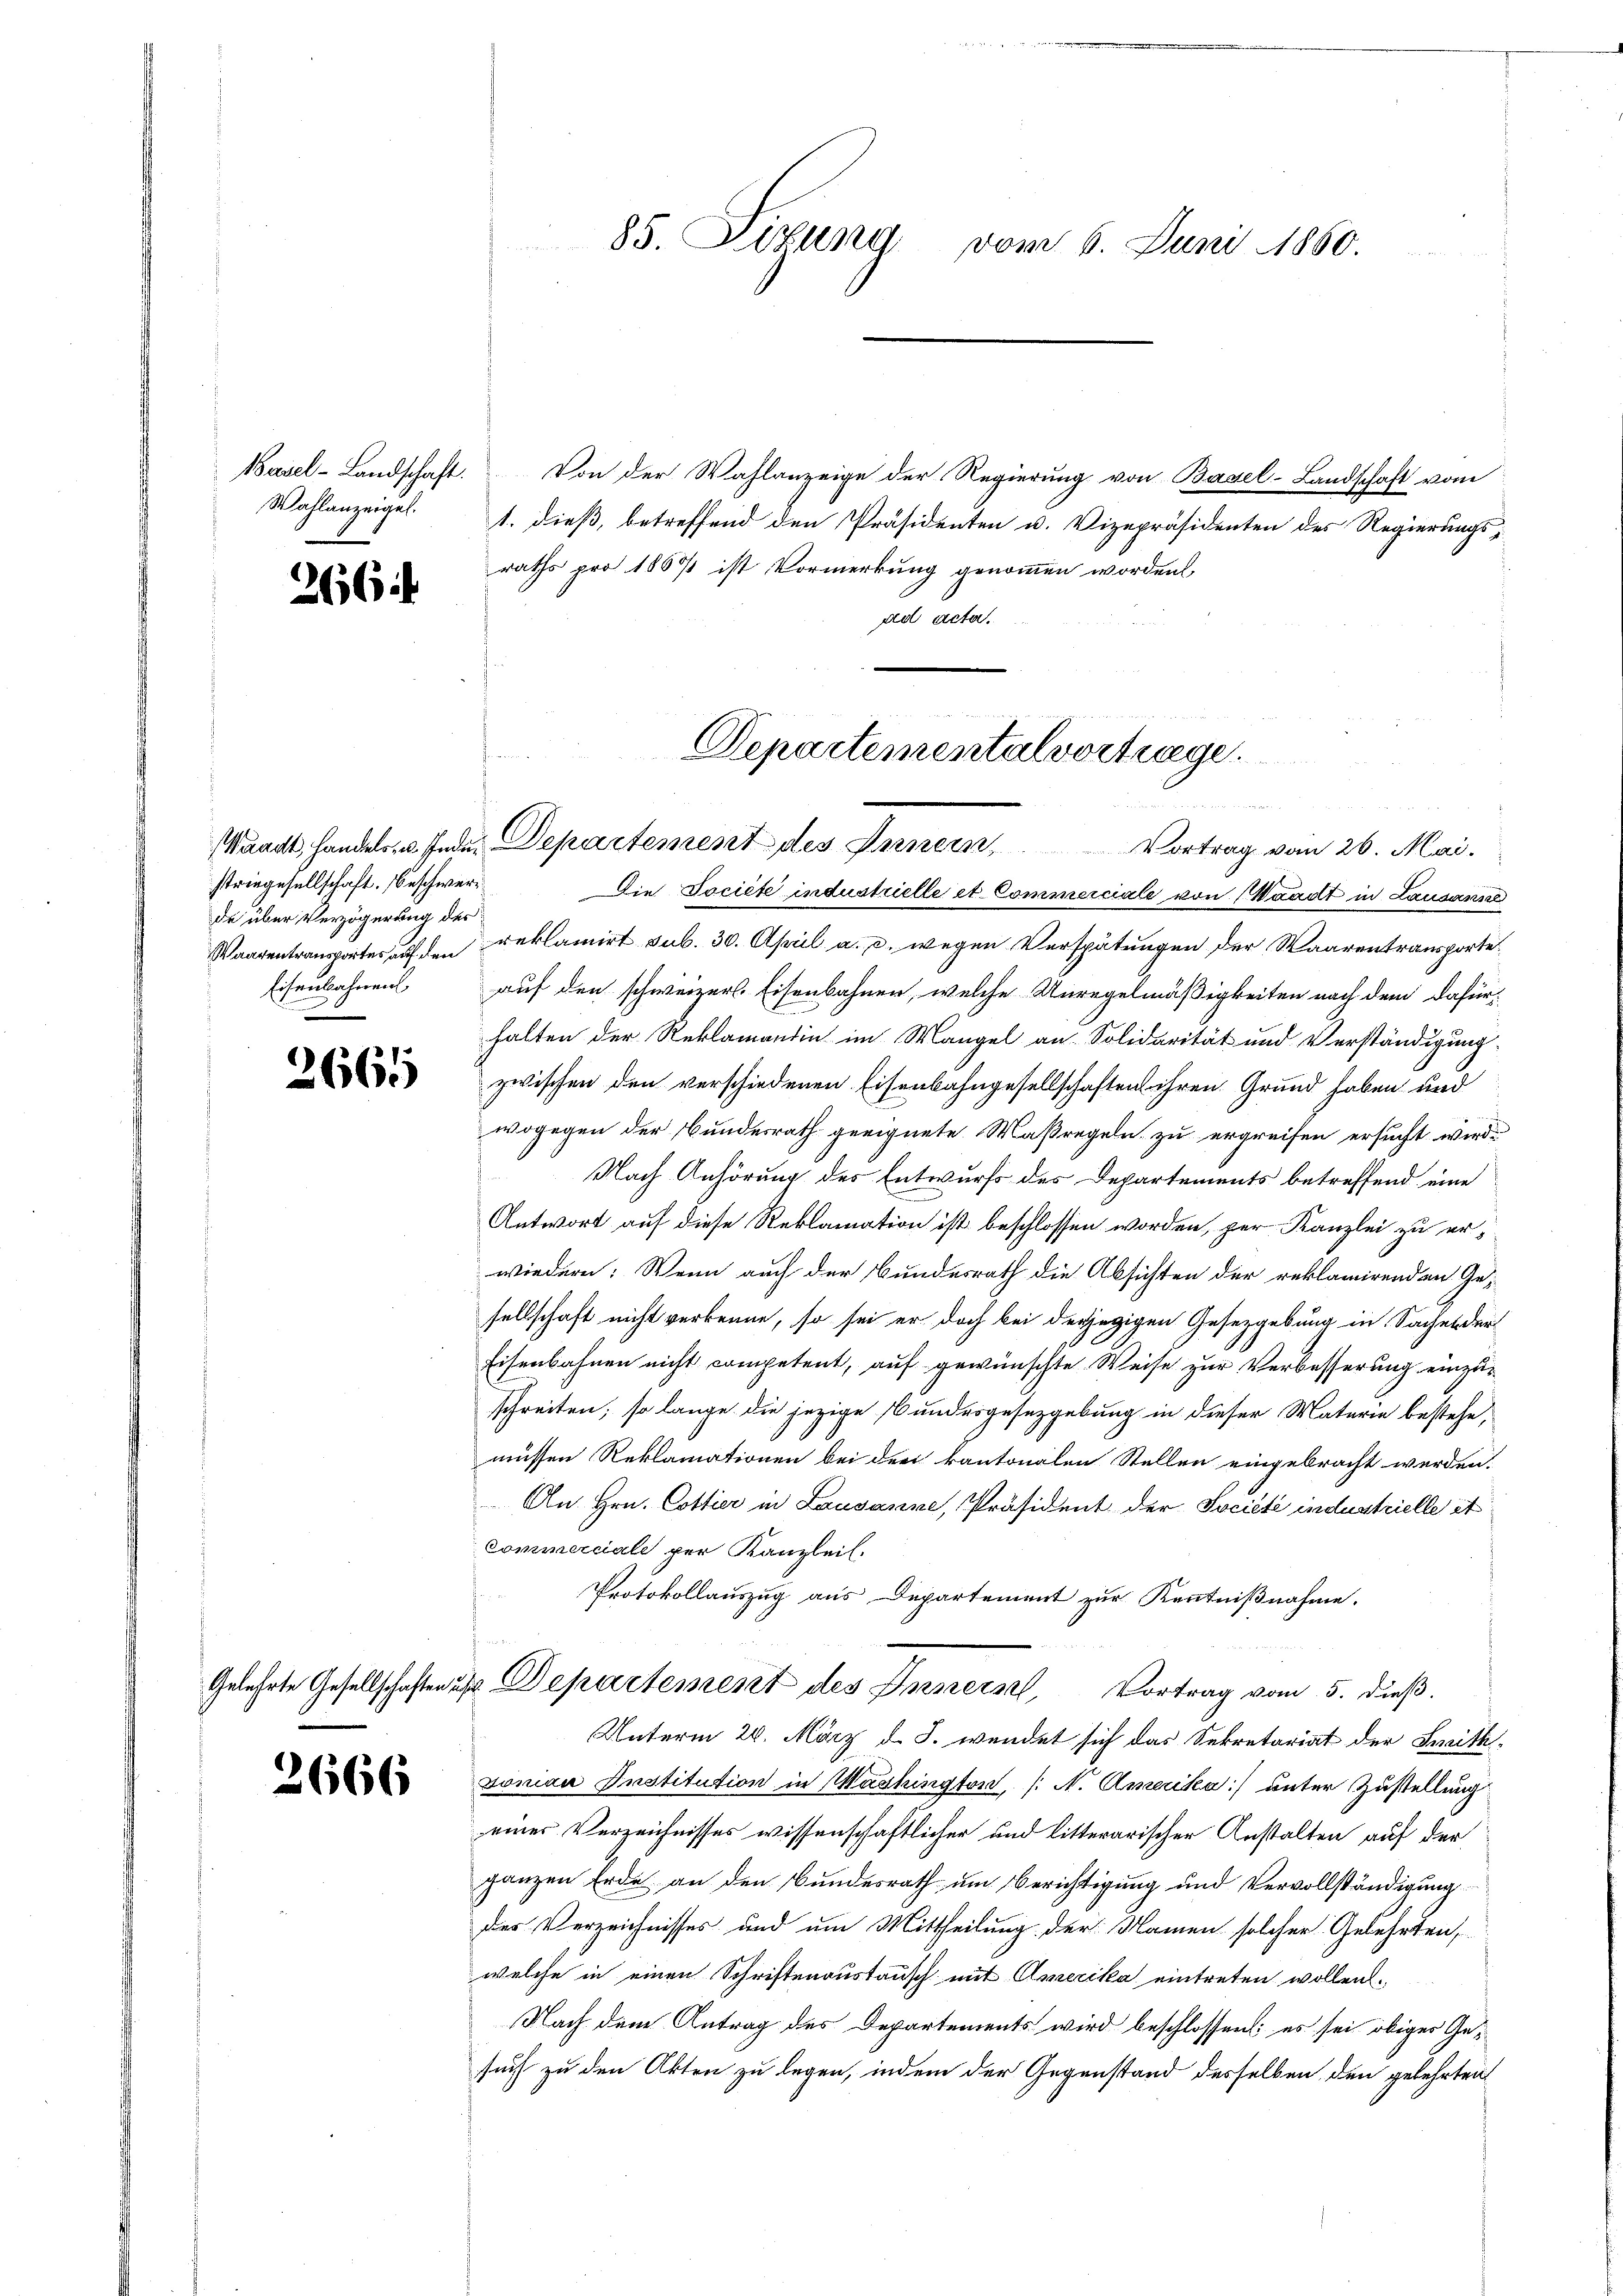
Basel-Landschaft.
Wahlanzeigel.

266

striegesellschaft. Beschwerde über Verzögerung des
Eisenbahnen

2665

2666

85. Fixund vom 6. Juni 1860.

Von der Wahlanzeige der Regierung von Basel-Landschaft vom
1. dieß, betreffend den Präsidenten u. Vizepräsidenten des Regierungsraths pro 1867 ist Vormerkung genommen worden,
ad acta.

Departementalvertrage.

Waadt, Handels, u. Inden Departement des Innern Vortrag vom 26. Mai.

Die Societe industrielle et Commerciale von Waadt in Lausanna
Waarentransportes auf den reklamirt sub. 30. April a. c. wegen Verspätungen der Waarentransporteauf den schweizerl. Eisenbahnen, welche Unregelmäßigkeiten nach dem dafürhalten der Reklamantin im Mangel an Solidarität und Verständigung
zwischen den verschiedenen Eisenbahngesellschaften ihren Grund haben und
wogegen der Bundesrath geeignete Maßregeln zu ergreifen ersucht wird.
Nach Anhörung des Entwurfs des Departements betreffend eine
Antwort auf diese Reklamation ist beschlossen worden, per Kanzlei zu erwiedern: Wenn auch der Bundesrath die Absichten der reklamirenden Gesellschaft nicht verkenne, so sei er doch bei derjegigen Gesetzgebung in Sachender
Eisenbahnen nicht competent, auf gewünschte Weise zur Verbesserung einzuschreiten; so lange die jezige Bundesgesetzgebung in dieser Materie bestehe,
müssen Reklamationen bei der kantonalen Stellen eingebracht werden.
An Hrn. Cottier in Lausanne, Präsident der Société industrielle it
Commerciale per Kanzlei.
Protokollauszug aus Departement zur Kenntnißnahme.
Gelehrte Gesellschaften u. Departement des Innern, Vortrag vom 5. dieß.
Unterm 28. März d. J. wendet sich das Sekretariat der Freithsonian Institution in Washington, (N. Amerika) unter Zustellung
einer Verzeichnisses wissenschaftlicher und litterarischer Anstalten auf der
ganzen Erde an den Bundesrath um Berichtigung und Vervollständigung
des Verzeichnisses und um Mittheilung der Namen solcher Gelehrten,
welche in einen Schriftenaustausch mit Amerika eintreten wollen.
Nach dem Antrag des Departements wird beschlossen: es sei obiger Gesuch zu den Akten zu legen, indem der Gegenstand desselben den gelehrten